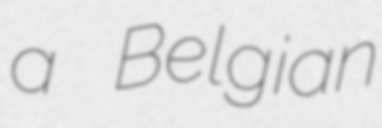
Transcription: a Belgian